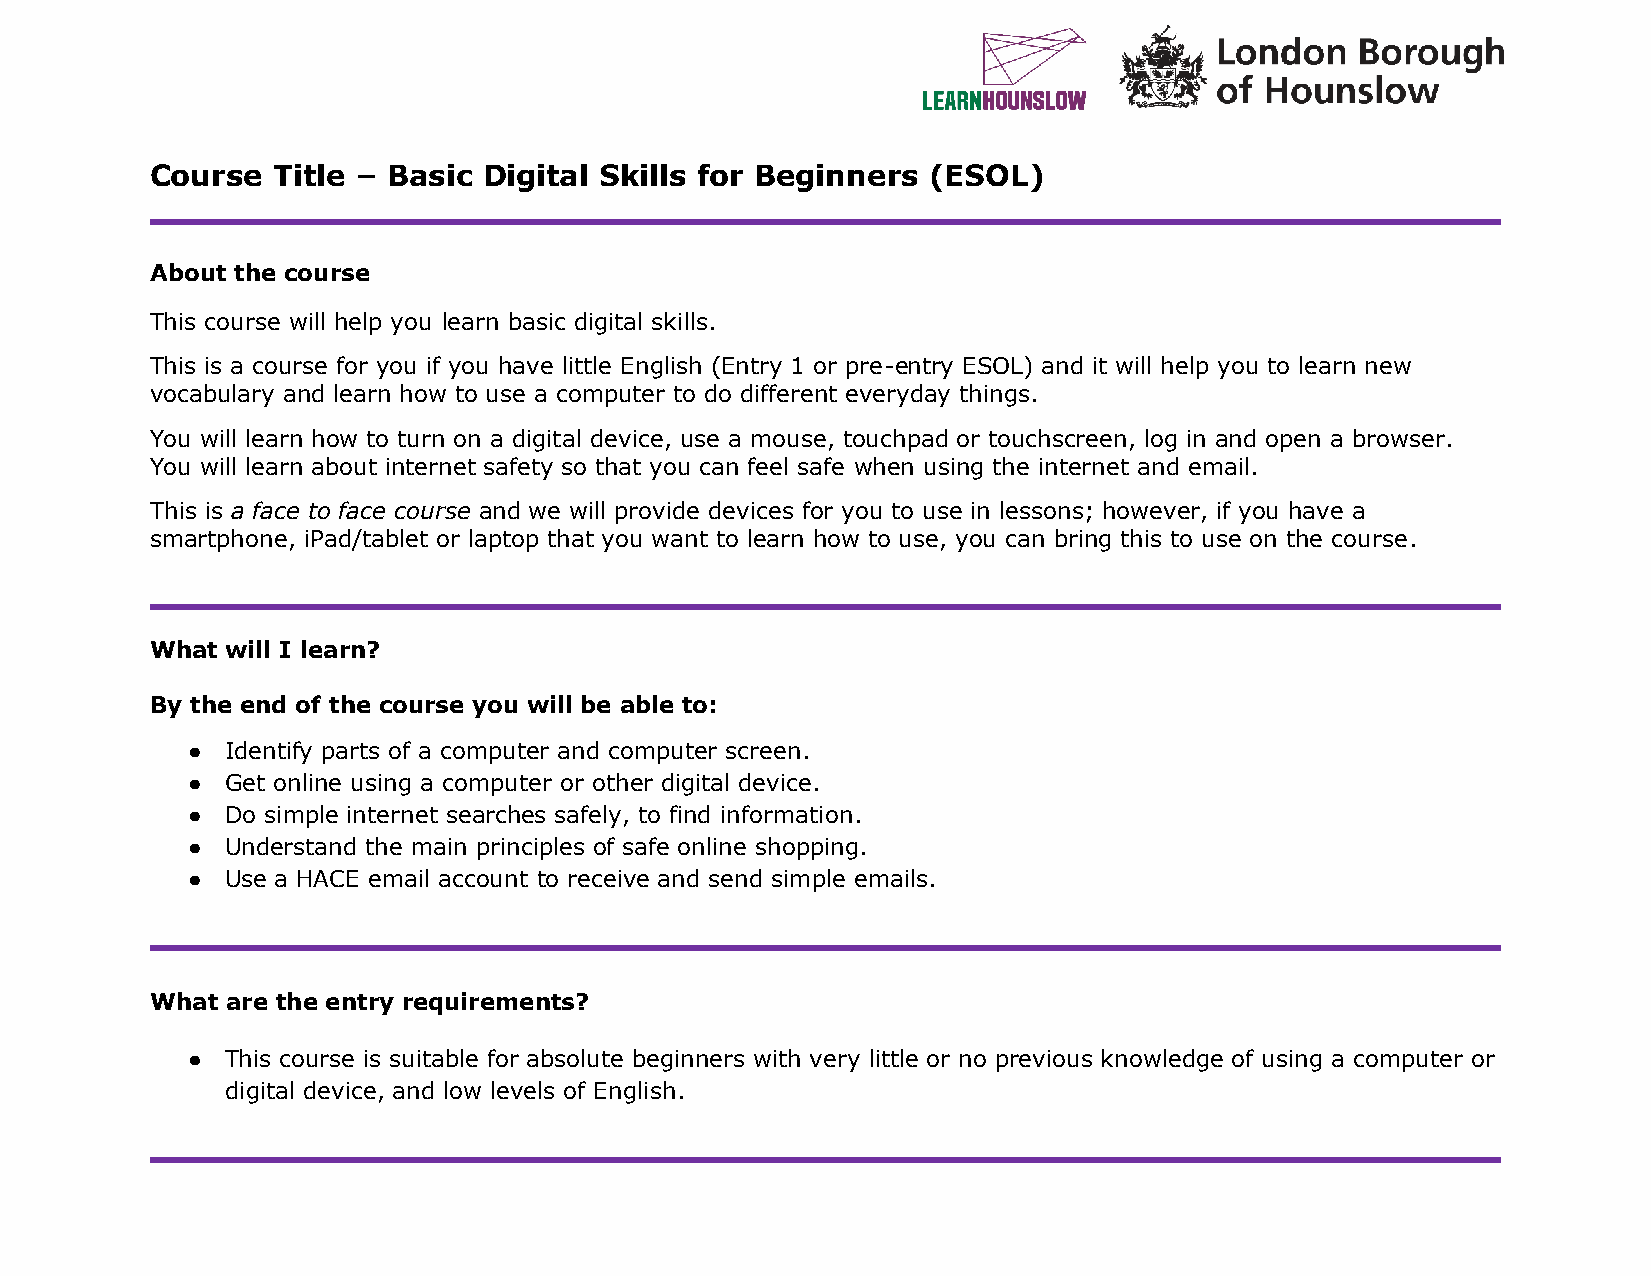
Course  Title – Basic Digital Skills for Beginners  (ESOL)
 About the course
 This course will help you learn basic digital skills.
 This is a course for you if you have little English (Entry 1 or pre-entry ESOL) and it will help you to learn new
 vocabulary and learn how to use a computer to do different everyday things.
 You will learn how to turn on a digital device, use a mouse, touchpad or touchscreen, log in and open a browser.
 You will learn about internet safety so that you can feel safe when using the internet and email.
 This is a face to face course and we will provide devices for you to use in lessons; however, if you have a
 smartphone, iPad/tablet or laptop that you want to learn how to use, you can bring this to use on the course.
 What will I learn?
 By the end of the course you will be able to:
 ●  Identify parts of a computer and computer screen.
 ●  Get online using a computer or other digital device.
 ●  Do simple internet searches safely, to find information.
 ●  Understand the main principles of safe online shopping.
 ●  Use a HACE email account to receive and send simple emails.
 What are the entry requirements?
 ●  This course is suitable for absolute beginners with very little or no previous knowledge of using a computer or
 digital device, and low levels of English.